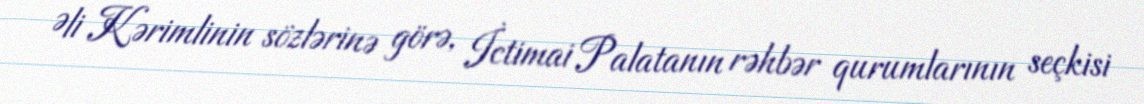
Əli Kərimlinin sözlərinə görə, İctimai Palatanın rəhbər qurumlarının seçkisi